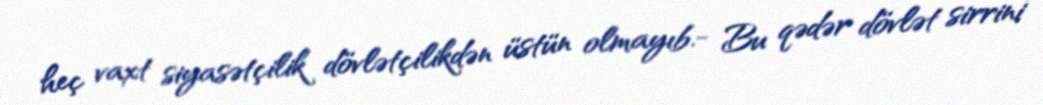
heç vaxt siyasətçilik dövlətçilikdən üstün olmayıb.- Bu qədər dövlət sirrini